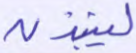
لينبذن